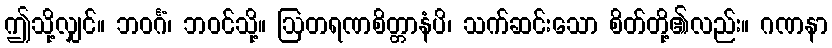
ဤသို့လျှင်။ ဘဝင်္ဂံ၊ ဘဝင်သို့။ ဩတရဏစိတ္တာနံပိ၊ သက်ဆင်းသော စိတ်တို့၏လည်း။ ဂဏနာ